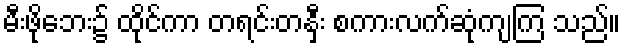
မီးဖိုဘေး၌ ထိုင်ကာ တရင်းတနှီး စကားလက်ဆုံကျကြ သည်။